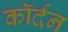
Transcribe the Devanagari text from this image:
कॉर्दन